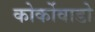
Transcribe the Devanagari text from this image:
कोर्कोवाडो